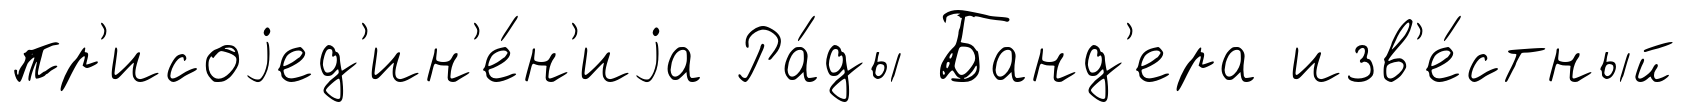
пр'исоjед'ин'е́н'иjа Ра́ды Банд'ера изв'е́стный